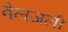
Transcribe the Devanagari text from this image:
वेलजली